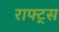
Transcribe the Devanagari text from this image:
राफ्ट्स